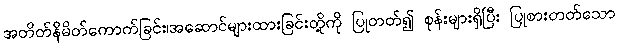
အတိတ်နိမိတ်ကောက်ခြင်း၊အဆောင်များထားခြင်းတို့ကို ပြုတတ်၍ စုန်းများရှိပြီး ပြုစားတတ်သော